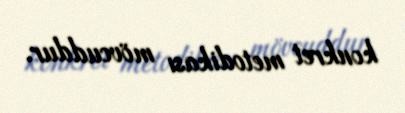
konkret metodikası mövcuddur.